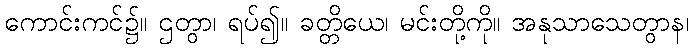
ကောင်းကင်၌။ ဌတွာ၊ ရပ်၍။ ခတ္တိယေ၊ မင်းတို့ကို။ အနုသာသေတွာန၊